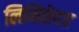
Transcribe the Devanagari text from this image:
लिमितेदड